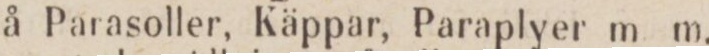
å Parasoller, Käppar, Paraplyer m m.